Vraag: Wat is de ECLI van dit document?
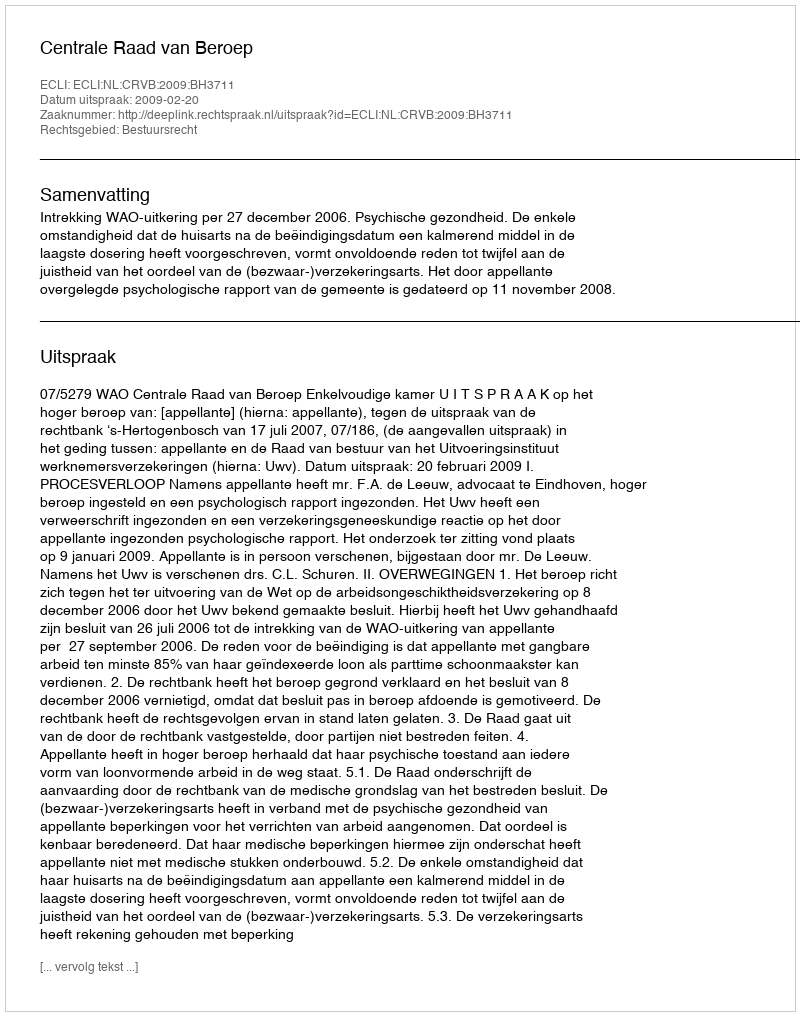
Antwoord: ECLI:NL:CRVB:2009:BH3711